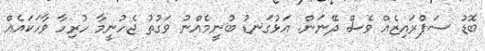
ބޮޑު ސަޕްރައިޒެއް ވެސް ދޭނަން. އަޅުގަނޑު ބުނީމެއްނު ވަގުތު ޖެހުނީމާ ހުރިހާ ވާހަކައެއް